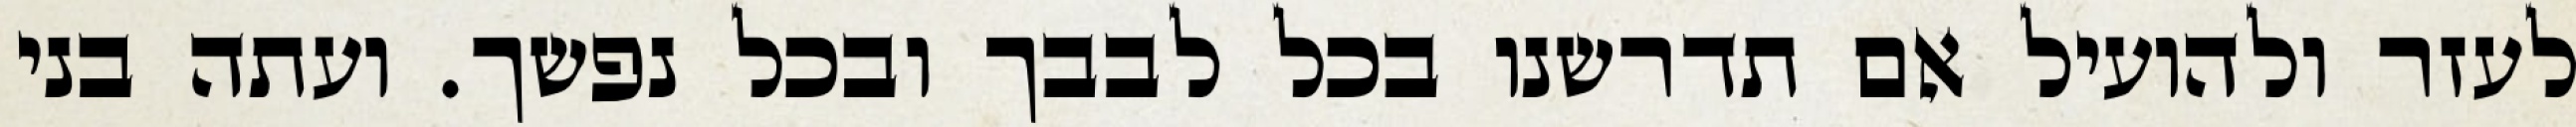
לעזר ולהועיל אם תדרשנו בכל לבבך ובכל נפשך. ועתה בני